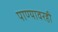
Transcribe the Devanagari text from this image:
पाण्यावरही